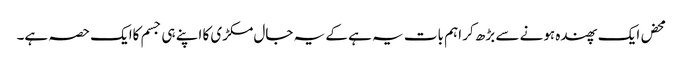
محض ایک پھندہ ہونے سے بڑھ کر اہم بات یہ ہے کے یہ جال مکڑی کا اپنے ہی جسم کاایک حصہ ہے۔